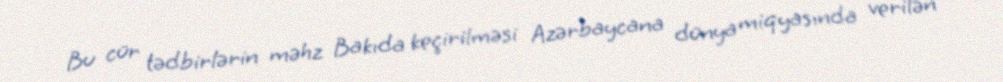
Bu cür tədbirlərin məhz Bakıda keçirilməsi Azərbaycana dünya miqyasında verilən